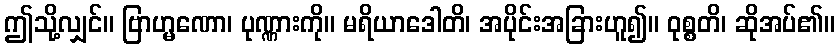
ဤသို့လျှင်။ ဗြာဟ္မဏော၊ ပုဏ္ဏားကို။ မရိယာဒေါတိ၊ အပိုင်းအခြားဟူ၍။ ဝုစ္စတိ၊ ဆိုအပ်၏။